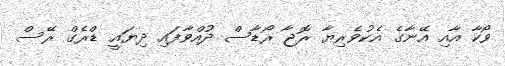
ވޯކާ އާއި އޭނާގެ އެކުވެރިޔާ ރޮޖާ ރޯޑާސް ދުއްވާފައި ދިޔައީ ޑްރެގް ރޭސް